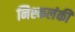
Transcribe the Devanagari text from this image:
निश्कलंकी